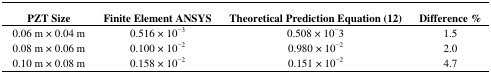
| PZT Size | Finite Element ANSYS | Theoretical PredictionEquation (12) | Difference % |
 | --- | --- | --- | --- |
 | 0.06 m × 0.04 m | 0.516 × 10−3 | 0.508 × 10−3 | 1.5 |
 | 0.08 m × 0.06 m | 0.100 × 10−2 | 0.980 × 10−2 | 2.0 |
 | 0.10 m × 0.08 m | 0.158 × 10−2 | 0.151 × 10−2 | 4.7 |